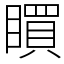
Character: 䁲